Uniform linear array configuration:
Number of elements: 48
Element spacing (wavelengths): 0.5
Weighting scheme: binomial
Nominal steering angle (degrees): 0
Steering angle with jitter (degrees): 1.073
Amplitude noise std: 0.05
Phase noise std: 0.05

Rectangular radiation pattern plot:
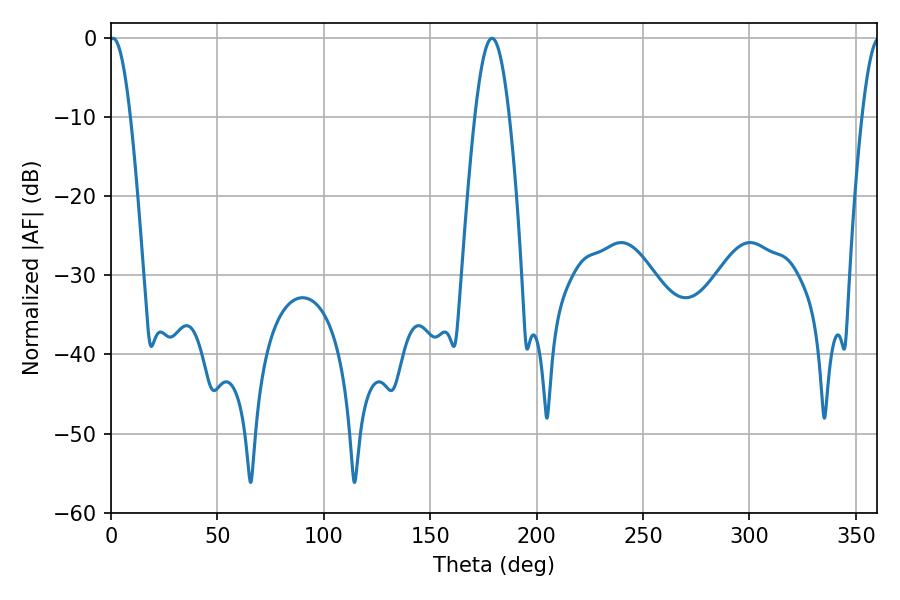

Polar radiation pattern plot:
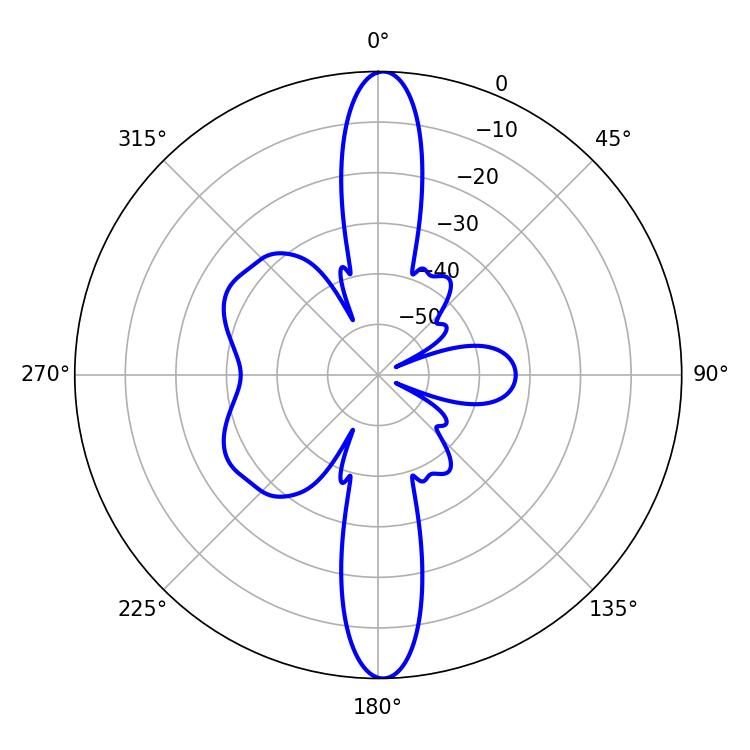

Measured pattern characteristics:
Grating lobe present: FALSE
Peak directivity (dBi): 27.808
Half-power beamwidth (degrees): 5.4
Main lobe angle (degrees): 0.9